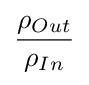
{\rho _{Out} \over \rho _{In}}\,\!